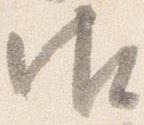
御